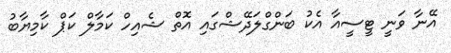
އޭނާ ވަނީ ޓީސީއާ އެކު ބަންގްލަދޭޝްގައި އޮތް ޝެއިހް ކަމާލް ކަޕް ކާމިޔާބު